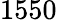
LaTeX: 1550